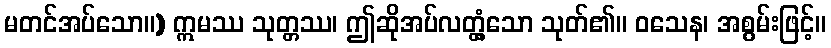
မတင်အပ်သော။) ဣမဿ သုတ္တဿ၊ ဤဆိုအပ်လတ္တံ့သော သုတ်၏။ ဝသေန၊ အစွမ်းဖြင့်။